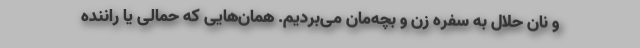
و نان حلال به سفره زن و بچه‌مان می‌بردیم. همان‌هایی که حمالی یا راننده